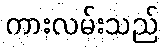
ကားလမ်းသည်